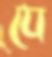
যে